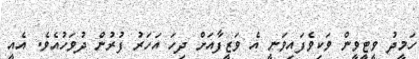
ހަމީދު ވީޓީވީން ވަކިވެފައިވަނީ އެ ވަޒީފާއަށް ދިހަ އަހަރު ފުރުން ދުވަހުއެވެ. އެއީ